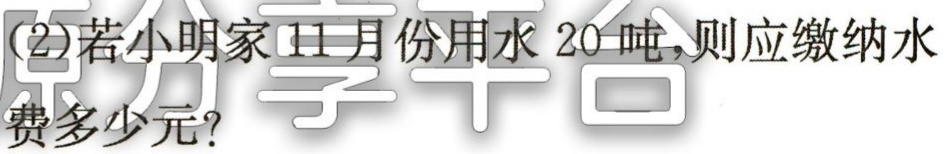
(2)若小明家11月份用水20吨，则应缴纳水

费多少元？